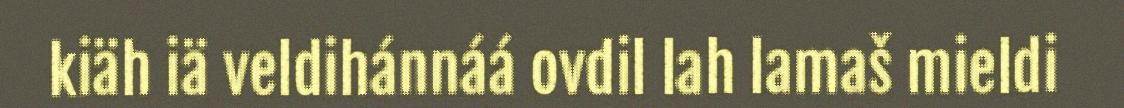
kiäh iä veldihánnáá ovdil lah lamaš mieldi